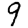
Digit: 9